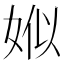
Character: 娰